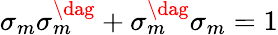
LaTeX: \sigma_{m}^{\vphantom{\dag}}\sigma_{m}^{\dag}+\sigma_{m}^{\dag}\sigma_{m}^{\vphantom{\dag}}=1